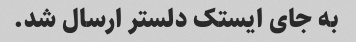
به جای ایستک دلستر ارسال شد.